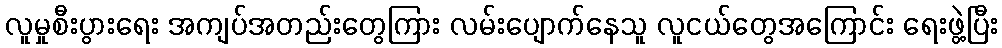
လူမှုစီးပွားရေး အကျပ်အတည်းတွေကြား လမ်းပျောက်နေသူ လူငယ်တွေအကြောင်း ရေးဖွဲ့ပြီး